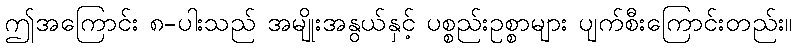
ဤအကြောင်း ၈-ပါးသည် အမျိုးအနွယ်နှင့် ပစ္စည်းဥစ္စာများ ပျက်စီးကြောင်းတည်း။